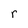
Character: r